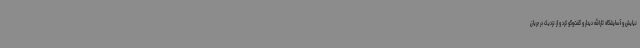
نیایش و آسایشگاه ثارالله دیدار و گفت‌وگو کرد و از نزدیک در جریان